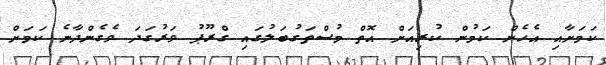
ކަމަށާއި އެހެން ކަމުން ކުރިއަށް އޮތް މުސްތަގުބަލުގައި ގްރޫޕު ވަރުގަދަ ވެގެންދާނެ ކަމަށް